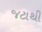
જટાથી